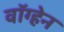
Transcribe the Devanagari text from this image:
वाॅग्हेन